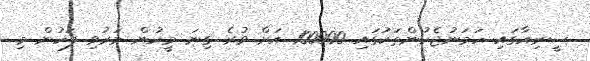
ސީރިއާގައި ހަމަނުޖެހުންތަކުގައި 100000 އަށް ވުރެ ގިނަ މީހުން މަރުވި ފަހުން މި